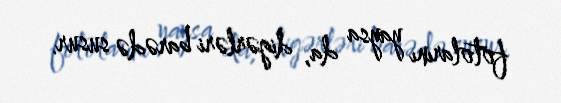
fotolarını yaysa da, digərləri barədə susur.